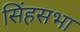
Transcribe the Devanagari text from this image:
सिंहसभा